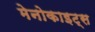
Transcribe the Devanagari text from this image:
मेनोकाइट्स